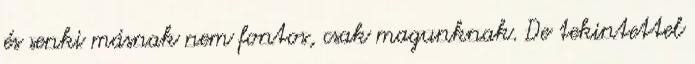
és senki másnak nem fontos, csak magunknak. De tekintettel